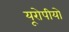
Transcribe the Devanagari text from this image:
यूरोपीयो